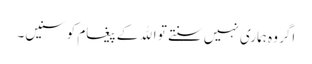
اگر وہ ہماری نہیں سنتے تو اﷲ کے پیغام کو سنیں۔